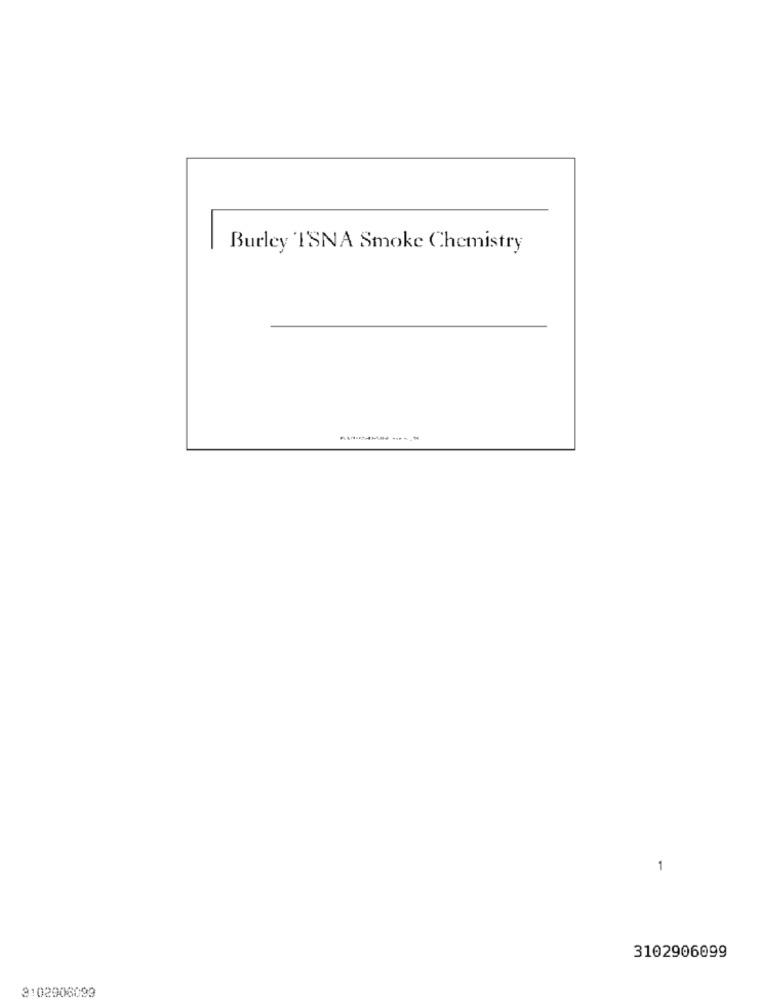
Burley ISNA Smoke Chemistry
1
3102906099
3:02906099